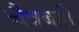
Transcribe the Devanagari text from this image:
चैत्रबदी